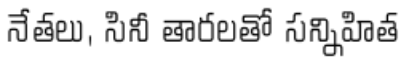
నేతలు, సినీ తారలతో సన్నిహిత